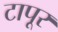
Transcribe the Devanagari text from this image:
टापूर